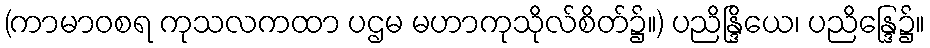
(ကာမာဝစရ ကုသလကထာ ပဌမ မဟာကုသိုလ်စိတ်၌။) ပညိန္ဒြိယေ၊ ပညိန္ဒြေ၌။